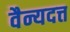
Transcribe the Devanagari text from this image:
वैन्यदत्त